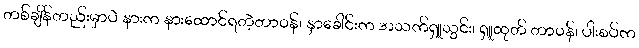
တစ်ချိန်တည်းမှာပဲ နားက နားထောင်ရတဲ့တာဝန်၊ နှာခေါင်းက အသက်ရှူသွင်း၊ ရှူထုတ် တာဝန်၊ ပါးစပ်က